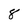
Character: 8